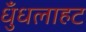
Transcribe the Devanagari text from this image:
धुँधलाहट